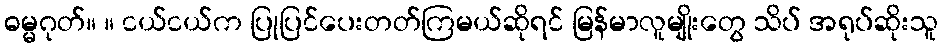
ဓမ္မဂုတ်။ ။ ငယ်ငယ်က ပြုပြင်ပေးတတ်ကြမယ်ဆိုရင် မြန်မာလူမျိုးတွေ သိပ် အရုပ်ဆိုးသူ